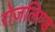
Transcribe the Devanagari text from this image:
रोज़लिण्ड